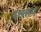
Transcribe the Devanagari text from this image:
इससमे